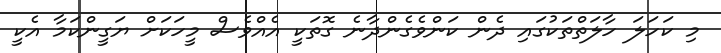
މި ކަހަލަ ހާލަތްތަކުގައި ދެން ކަންވެގެންދާނެ ގޮތަކީ އެއްވެސް މީހަކަށް ޔަގީންކަމާ އެކީ